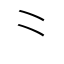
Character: ⺀